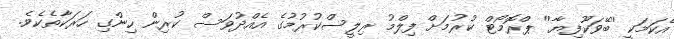
އެކަމަކީ ''ބޭވަކޫފިޔާ'' ޕްރޮމޯޓް ކުރުމަށް ފިލްމު ރިލީސްކުރުމުގެ އެއްދުވަސް ކުރިން ހިންގި ހަރަކާތެކެވެ.